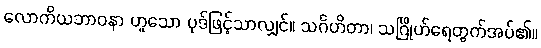
လောကိယဘာဝနာ ဟူသော ပုဒ်ဖြင့်သာလျှင်။ သင်္ဂဟိတာ၊ သင်္ဂြိုဟ်ရေတွက်အပ်၏။